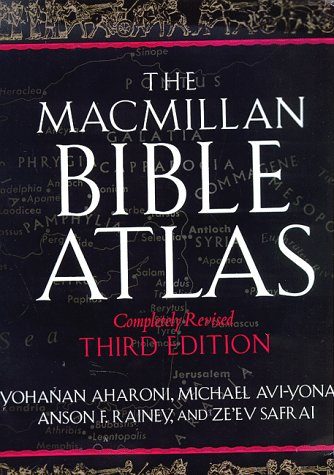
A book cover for The Macmillan Bible Atlas; Yohanan Aharoni; History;